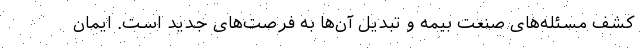
کشف مسئله‌های صنعت بیمه و تبدیل آن‌ها به فرصت‌های جدید است. ایمان